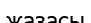
жазасы